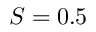
S = 0 . 5